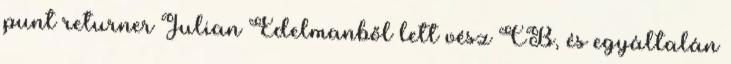
punt returner Julian Edelmanből lett vész CB, és egyáltalán